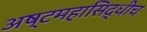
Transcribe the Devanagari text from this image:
अष्टमहासिद्धीच